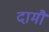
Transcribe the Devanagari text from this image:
दामौ